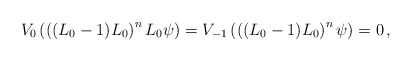
\begin{align*}V_0\left(\left((L_0-1)L_0\right)^nL_0\psi\right)=V_{-1}\left(\left((L_0-1)L_0\right)^n\psi\right)=0\,,\end{align*}